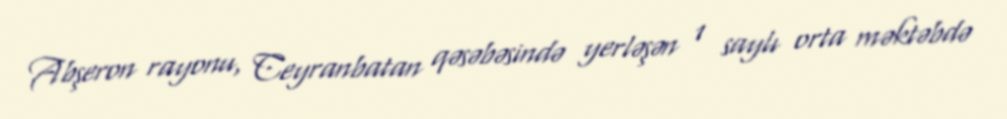
Abşeron rayonu, Ceyranbatan qəsəbəsində yerləşən 1 saylı orta məktəbdə